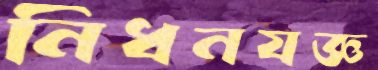
নিধনযজ্ঞ